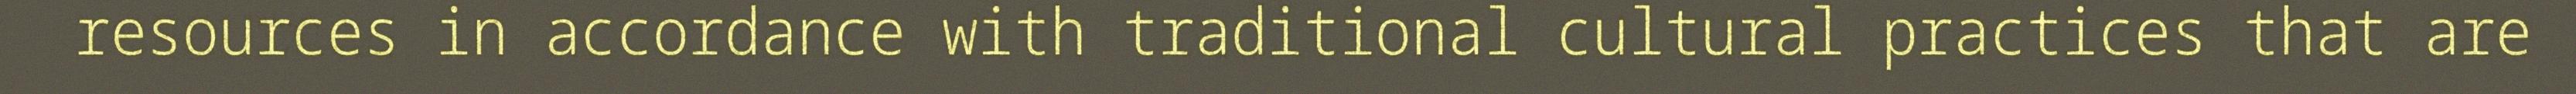
resources in accordance with traditional cultural practices that are